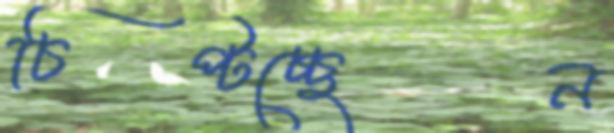
চিপ্‌টচ্ছেন